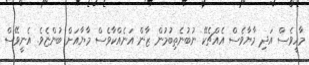
މާހީވެސް އަދި މާޔާވެސް އެއްޗެކޭ ނުބުނެތިބުމުން ޒާން އަނެއްކާވެސް މާޔާއަށް ބުންޏެވެ. އެނީވޭސް